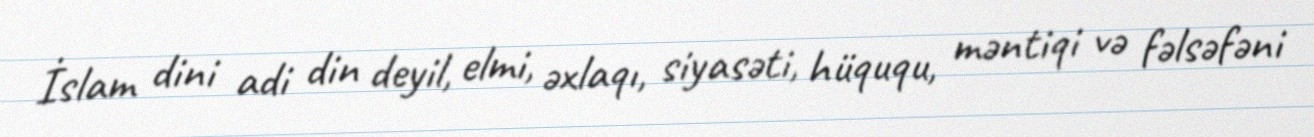
İslam dini adi din deyil, elmi, əxlaqı, siyasəti, hüququ, məntiqi və fəlsəfəni